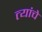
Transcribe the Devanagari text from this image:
त्यांंचेे